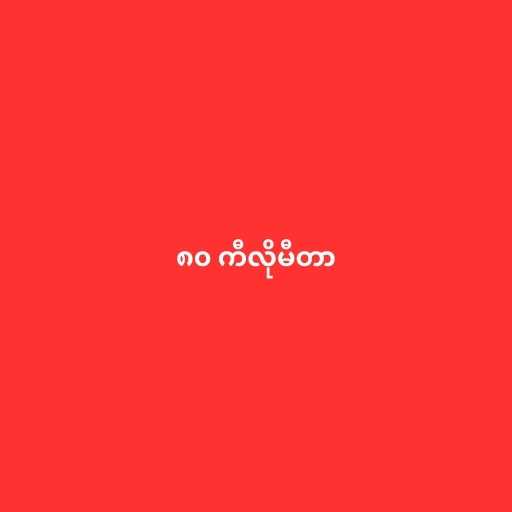
၈၀ ကီလိုမီတာ